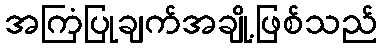
အကြံပြုချက်အချို့ဖြစ်သည်